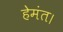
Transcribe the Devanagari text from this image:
हेमंत।